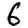
Digit: 6